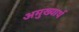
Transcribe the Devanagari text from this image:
अमुख्यार्थ